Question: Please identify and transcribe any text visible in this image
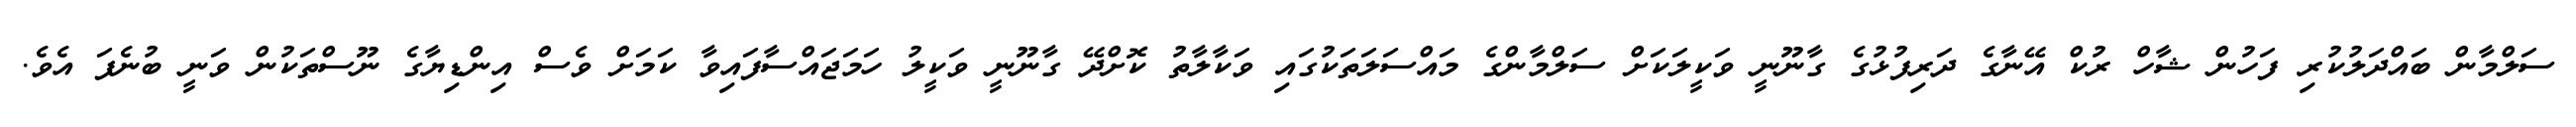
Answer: ސަލްމާން ބައްދަލުކުރި ފަހުން ޝާހް ރުކް އޭނާގެ ދަރިފުޅުގެ ގާނޫނީ ވަކީލަކަށް ސަލްމާންގެ މައްސަލަތަކުގައި ވަކާލާތު ކޮށްދޭ ގާނޫނީ ވަކީލު ހަމަޖައްސާފައިވާ ކަމަށް ވެސް އިންޑިޔާގެ ނޫސްތަކުން ވަނީ ބުނެފަ އެވެ.